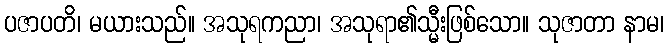
ပဇာပတိ၊ မယားသည်။ အသုရကညာ၊ အသုရာ၏သ္မီးဖြစ်သော။ သုဇာတာ နာမ၊